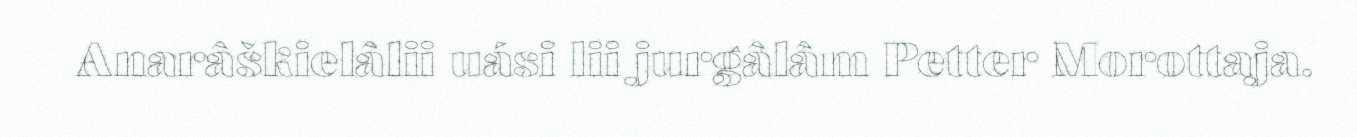
Anarâškielâlii uási lii jurgâlâm Petter Morottaja.